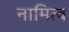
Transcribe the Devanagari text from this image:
नामित्व